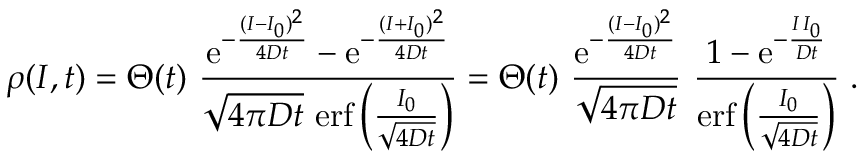
\rho ( I , t ) = \Theta ( t ) \ \frac { \mathrm { e } ^ { - \frac { ( I - I _ { 0 } ) ^ { 2 } } { 4 D t } } - \mathrm { e } ^ { - \frac { ( I + I _ { 0 } ) ^ { 2 } } { 4 D t } } } { \sqrt { 4 \pi D t } \ \mathrm { e r f } \left( \frac { I _ { 0 } } { \sqrt { 4 D t } } \right) } = \Theta ( t ) \ \frac { \mathrm { e } ^ { - \frac { ( I - I _ { 0 } ) ^ { 2 } } { 4 D t } } } { \sqrt { 4 \pi D t } } \ \frac { 1 - \mathrm { e } ^ { - \frac { I \, I _ { 0 } } { D t } } } { \mathrm { e r f } \left( \frac { I _ { 0 } } { \sqrt { 4 D t } } \right) } \; .